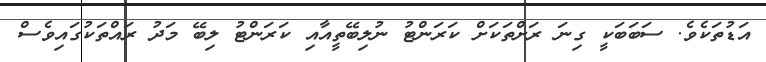
އަޑުތަކެވެ. ސަބަބަކީ ގިނަ ރަށްތަކަށް ކަރަންޓު ނުލިބޭތީއާއި ކަރަންޓު ލިބޭ މަދު ރައްތަކުގައިވެސް